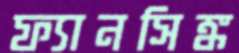
ফ্যানসিঙ্ক